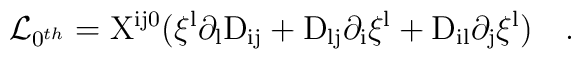
{\cal L}_{0^{th}}={\rm X^{i j 0}\big(\xi^l \partial_lD_{i j}+D_{l j}\partial_i \xi^l + D_{i l}\partial_j \xi^l \big)} ~~~.